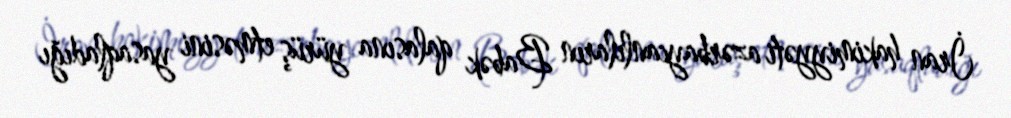
İran hakimiyyəti azərbaycanlıların Babək qalasına yürüş etməsini yasaqladığı